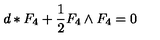
d * F _ { 4 } + \frac { 1 } { 2 } F _ { 4 } \wedge F _ { 4 } = 0